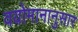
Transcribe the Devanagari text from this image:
वयोमानानुसार